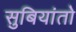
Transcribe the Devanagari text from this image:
सुबियांतो